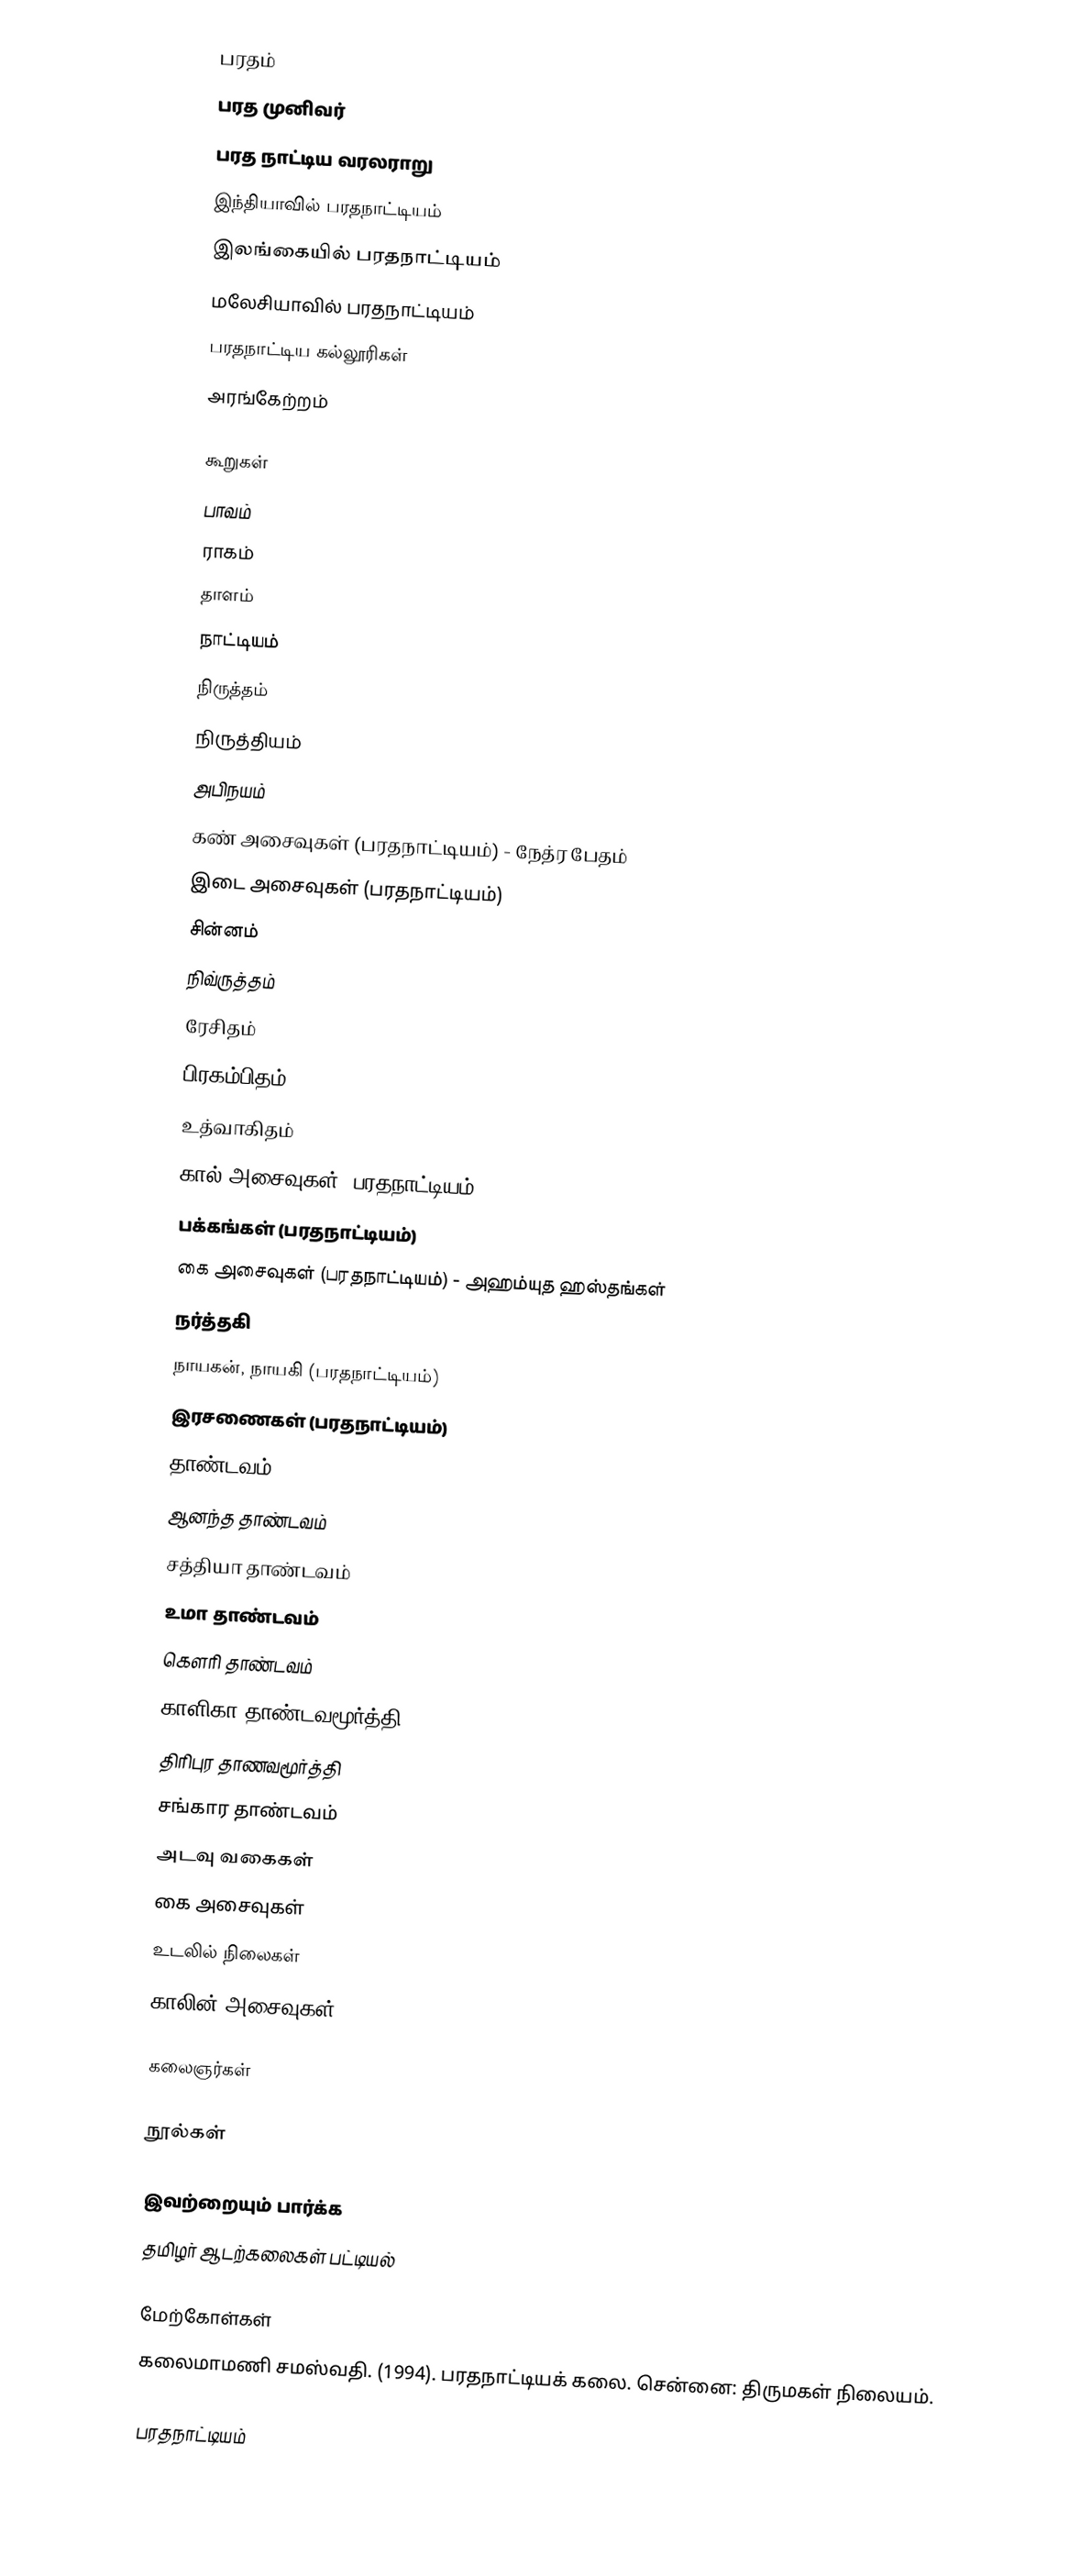
பரதம்
 பரத முனிவர்
 பரத நாட்டிய வரலராறு
 இந்தியாவில் பரதநாட்டியம்
 இலங்கையில் பரதநாட்டியம்
 மலேசியாவில் பரதநாட்டியம்
 பரதநாட்டிய கல்லூரிகள்
 அரங்கேற்றம்

கூறுகள்
 பாவம்
 ராகம்
 தாளம்
 நாட்டியம்
நிருத்தம்
 நிருத்தியம்
 அபிநயம்
 கண் அசைவுகள் (பரதநாட்டியம்) - நேத்ர பேதம்
 இடை அசைவுகள் (பரதநாட்டியம்)
 சின்னம்
 நிவ்ருத்தம்
 ரேசிதம்
 பிரகம்பிதம்
 உத்வாகிதம்
 கால் அசைவுகள் (பரதநாட்டியம்)
 பக்கங்கள் (பரதநாட்டியம்)
 கை அசைவுகள் (பரதநாட்டியம்) - அஹம்யுத ஹஸ்தங்கள்
 நர்த்தகி
 நாயகன், நாயகி (பரதநாட்டியம்)
 இரசணைகள் (பரதநாட்டியம்)
 தாண்டவம்
 ஆனந்த தாண்டவம்
 சத்தியா தாண்டவம்
 உமா தாண்டவம்
 கௌரி தாண்டவம்
 காளிகா தாண்டவமூர்த்தி
 திரிபுர தாணவமூர்த்தி
 சங்கார தாண்டவம்
 அடவு வகைகள்
 கை அசைவுகள்
 உடலில் நிலைகள்
 காலின் அசைவுகள்

கலைஞர்கள்

நூல்கள்

இவற்றையும் பார்க்க
 தமிழர் ஆடற்கலைகள் பட்டியல்

மேற்கோள்கள்
 கலைமாமணி சமஸ்வதி. (1994). பரதநாட்டியக் கலை. சென்னை: திருமகள் நிலையம்.

பரதநாட்டியம்